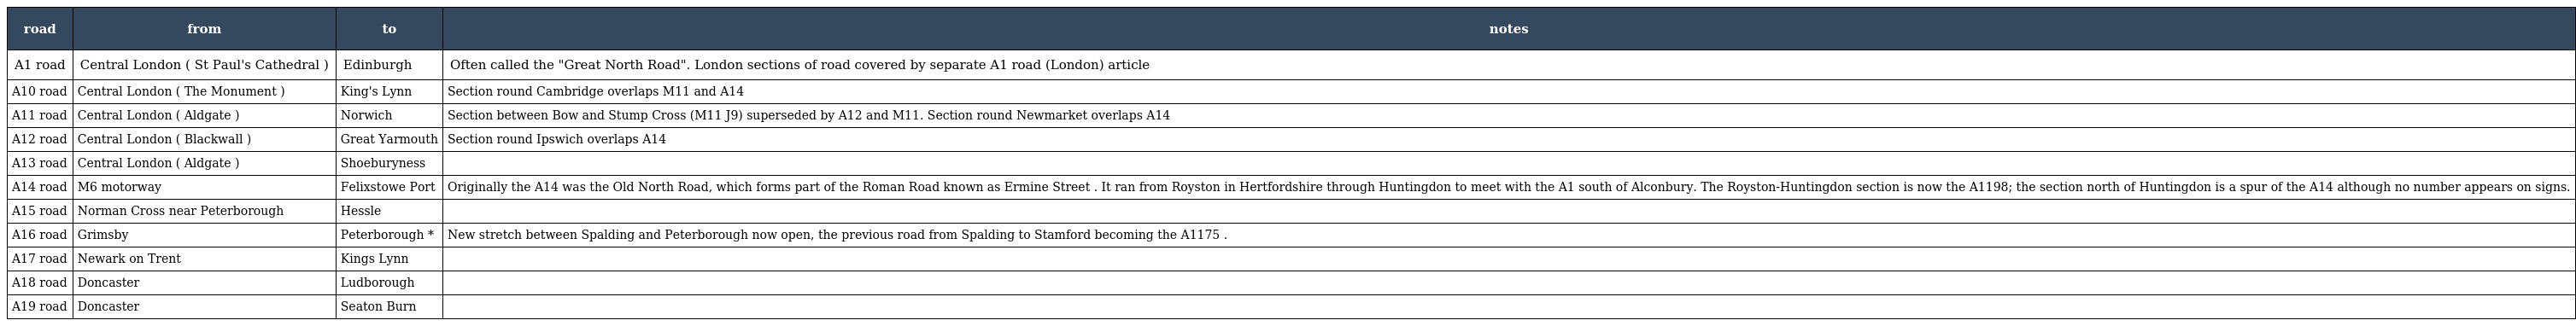
| road | from | to | notes |
 | --- | --- | --- | --- |
 | A1 road | Central London ( St Paul's Cathedral ) | Edinburgh | Often called the "Great North Road". London sections of road covered by separate A1 road (London) article |
 | A10 road | Central London ( The Monument ) | King's Lynn | Section round Cambridge overlaps M11 and A14 |
 | A11 road | Central London ( Aldgate ) | Norwich | Section between Bow and Stump Cross (M11 J9) superseded by A12 and M11. Section round Newmarket overlaps A14 |
 | A12 road | Central London ( Blackwall ) | Great Yarmouth | Section round Ipswich overlaps A14 |
 | A13 road | Central London ( Aldgate ) | Shoeburyness |  |
 | A14 road | M6 motorway | Felixstowe Port | Originally the A14 was the Old North Road, which forms part of the Roman Road known as Ermine Street . It ran from Royston in Hertfordshire through Huntingdon to meet with the A1 south of Alconbury. The Royston-Huntingdon section is now the A1198; the section north of Huntingdon is a spur of the A14 although no number appears on signs. |
 | A15 road | Norman Cross near Peterborough | Hessle |  |
 | A16 road | Grimsby | Peterborough * | New stretch between Spalding and Peterborough now open, the previous road from Spalding to Stamford becoming the A1175 . |
 | A17 road | Newark on Trent | Kings Lynn |  |
 | A18 road | Doncaster | Ludborough |  |
 | A19 road | Doncaster | Seaton Burn |  |